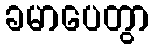
ခမာပေတွာ